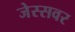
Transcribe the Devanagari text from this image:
जेस्सवर